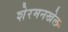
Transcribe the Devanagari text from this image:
शेरमनखेल